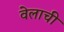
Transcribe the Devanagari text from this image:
वेलाची